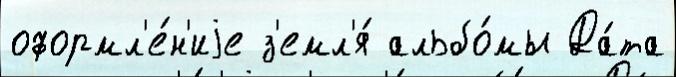
оформл'е́н'иjе з'емл'я́ альбо́мы Да́та